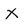
Character: X